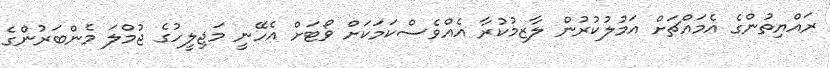
ރައްޔިތުންގެ އެމައްޗަށް އަމުލުކުރުން ލާޒިމުކުރާ އެއްވެސްކަމަކަށް ވޯޓަށް އެހޭނީ މަޖިލީހުގެ ޖުމްލަ މެންބަރުންގެ